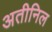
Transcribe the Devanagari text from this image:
अतीनिल